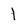
Character: I